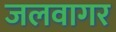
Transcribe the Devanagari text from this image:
जलवागर